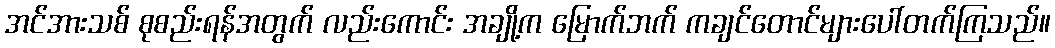
အင်အားသစ် စုစည်းရန်အတွက် လည်းကောင်း အချို့က မြောက်ဘက် ကချင်တောင်များပေါ်တက်ကြသည်။